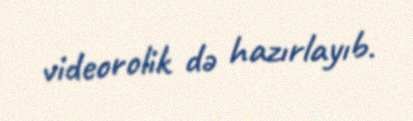
videorolik də hazırlayıb.